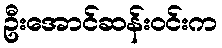
ဦးအောင်ဆန်းဝင်းက